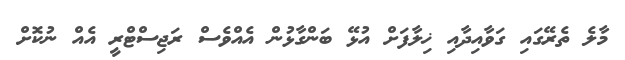
މާލެ ތެރޭގައި ގަވާއިދާއި ޚިލާފަށް އުޅޭ ބަންގާޅުން އެއްވެސް ރަޖިސްޓްރީ އެއް ނުކޮށް